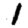
Digit: 1